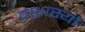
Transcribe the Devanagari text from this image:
दशास्यो